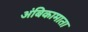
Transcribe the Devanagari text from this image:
अंबिकामाता